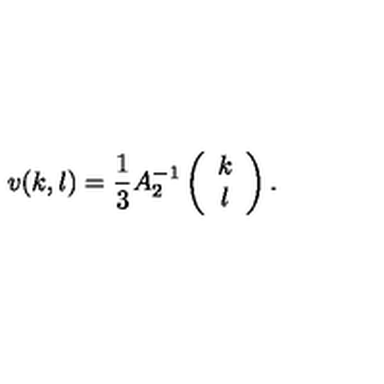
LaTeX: v ( k , l ) = \frac { 1 } { 3 } A _ { 2 } ^ { - 1 } \left( \begin{array} { c } { k } \\ { l } \\ \end{array} \right) .